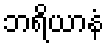
ဘရိယာနံ